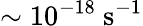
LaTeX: \sim 10^{-18}\ \mathrm{s^{-1}}